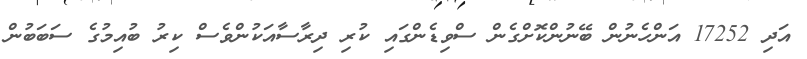
އަދި 17252 އަންހެނުން ބޭނުންކޮށްގެން ސްވިޑެންގައި ކުރި ދިރާސާއަކުންވެސް ކިރު ބުއިމުގެ ސަބަބުން